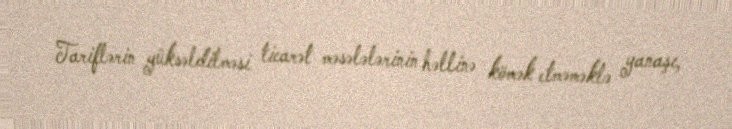
Tariflərin yüksəldilməsi ticarət məsələlərinin həllinə kömək etməməklə yanaşı,